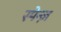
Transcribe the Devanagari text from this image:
स्पेन्ज़